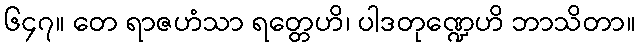
၆၄၇။ တေ ရာဇဟံသာ ရတ္တေဟိ၊ ပါဒတုဏ္ဍေဟိ ဘာသိတာ။